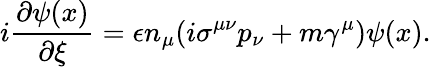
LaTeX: i\frac{\partial\psi(x)}{\partial\xi}=\epsilon n_{\mu}(i\sigma^{\mu\nu}p_{\nu}+m\gamma^{\mu})\psi(x).